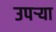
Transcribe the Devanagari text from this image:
उपर्‍या